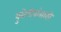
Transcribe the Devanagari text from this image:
युरोपीयांसाठी